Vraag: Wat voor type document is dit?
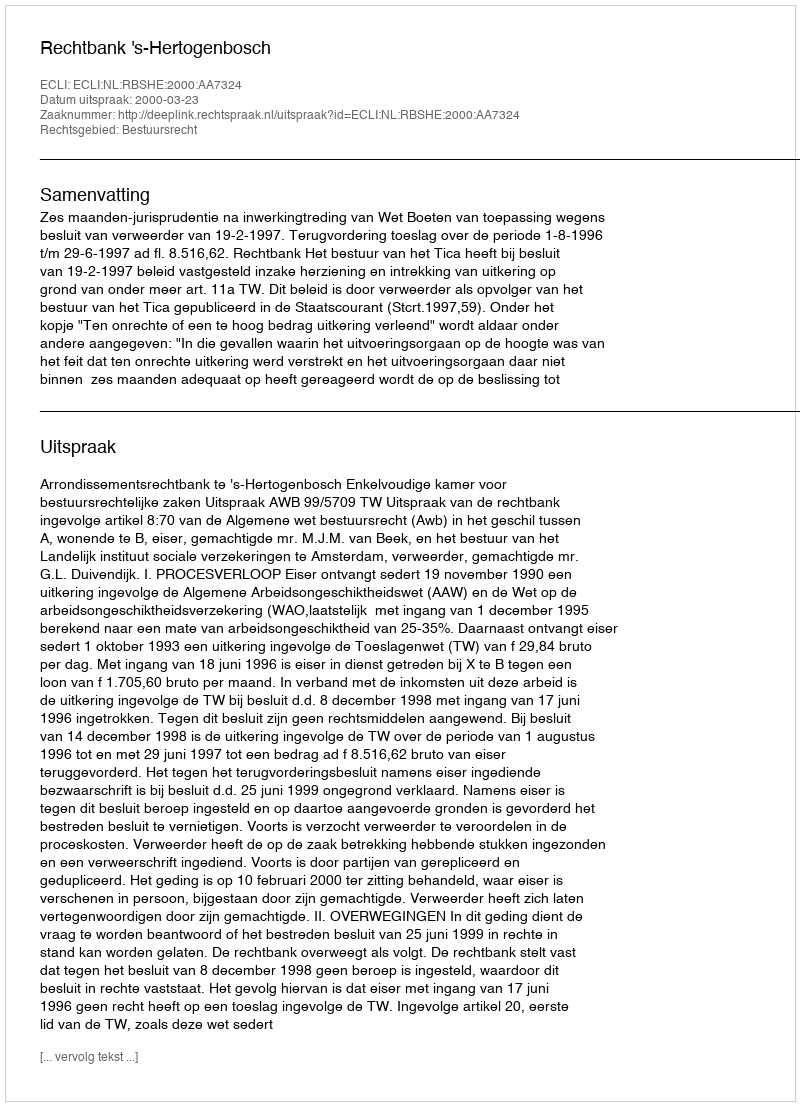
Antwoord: Uitspraak